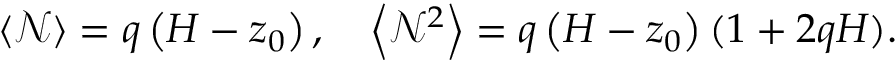
\langle \mathcal { N } \rangle = q \left( H - z _ { 0 } \right) , \quad \left\langle \mathcal { N } ^ { 2 } \right\rangle = q \left( H - z _ { 0 } \right) ( 1 + 2 q H ) .